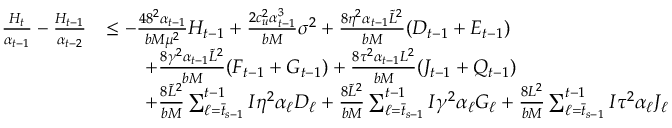
\begin{array} { r l } { \frac { H _ { t } } { \alpha _ { t - 1 } } - \frac { H _ { t - 1 } } { \alpha _ { t - 2 } } } & { \leq - \frac { 4 8 ^ { 2 } \alpha _ { t - 1 } } { b M \mu ^ { 2 } } H _ { t - 1 } + \frac { 2 c _ { u } ^ { 2 } \alpha _ { t - 1 } ^ { 3 } } { b M } \sigma ^ { 2 } + \frac { 8 \eta ^ { 2 } \alpha _ { t - 1 } \tilde { L } ^ { 2 } } { b M } ( D _ { t - 1 } + E _ { t - 1 } ) } \\ & { \qquad + \frac { 8 \gamma ^ { 2 } \alpha _ { t - 1 } \tilde { L } ^ { 2 } } { b M } ( F _ { t - 1 } + G _ { t - 1 } ) + \frac { 8 \tau ^ { 2 } \alpha _ { t - 1 } L ^ { 2 } } { b M } ( J _ { t - 1 } + Q _ { t - 1 } ) } \\ & { \qquad + \frac { 8 \tilde { L } ^ { 2 } } { b M } \sum _ { \ell = \bar { t } _ { s - 1 } } ^ { t - 1 } I \eta ^ { 2 } \alpha _ { \ell } D _ { \ell } + \frac { 8 \tilde { L } ^ { 2 } } { b M } \sum _ { \ell = \bar { t } _ { s - 1 } } ^ { t - 1 } I \gamma ^ { 2 } \alpha _ { \ell } G _ { \ell } + \frac { 8 L ^ { 2 } } { b M } \sum _ { \ell = \bar { t } _ { s - 1 } } ^ { t - 1 } I \tau ^ { 2 } \alpha _ { \ell } J _ { \ell } } \end{array}